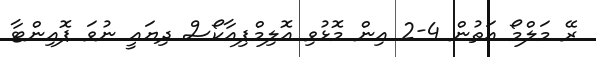
ރޭ މަލްމޯ އަތުން 4-2 އިން މޮޅުވި އޮލިމްޕިއާކޯސް ދިޔައީ ނުވަ ޕޮއިންޓާ